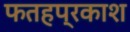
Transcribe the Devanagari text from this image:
फतहप्रकाश